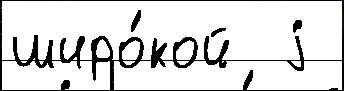
широ́кой  j